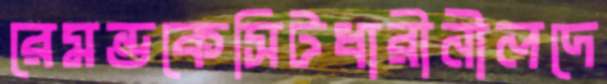
রেমন্ডকেসিটধারীনীলদে